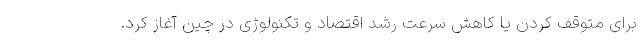
برای متوقف کردن یا کاهش سرعت رشد اقتصاد و تکنولوژی در چین آغاز کرد.